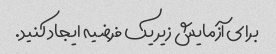
برای آزمایش زیر یک فرضیه ایجاد کنید.